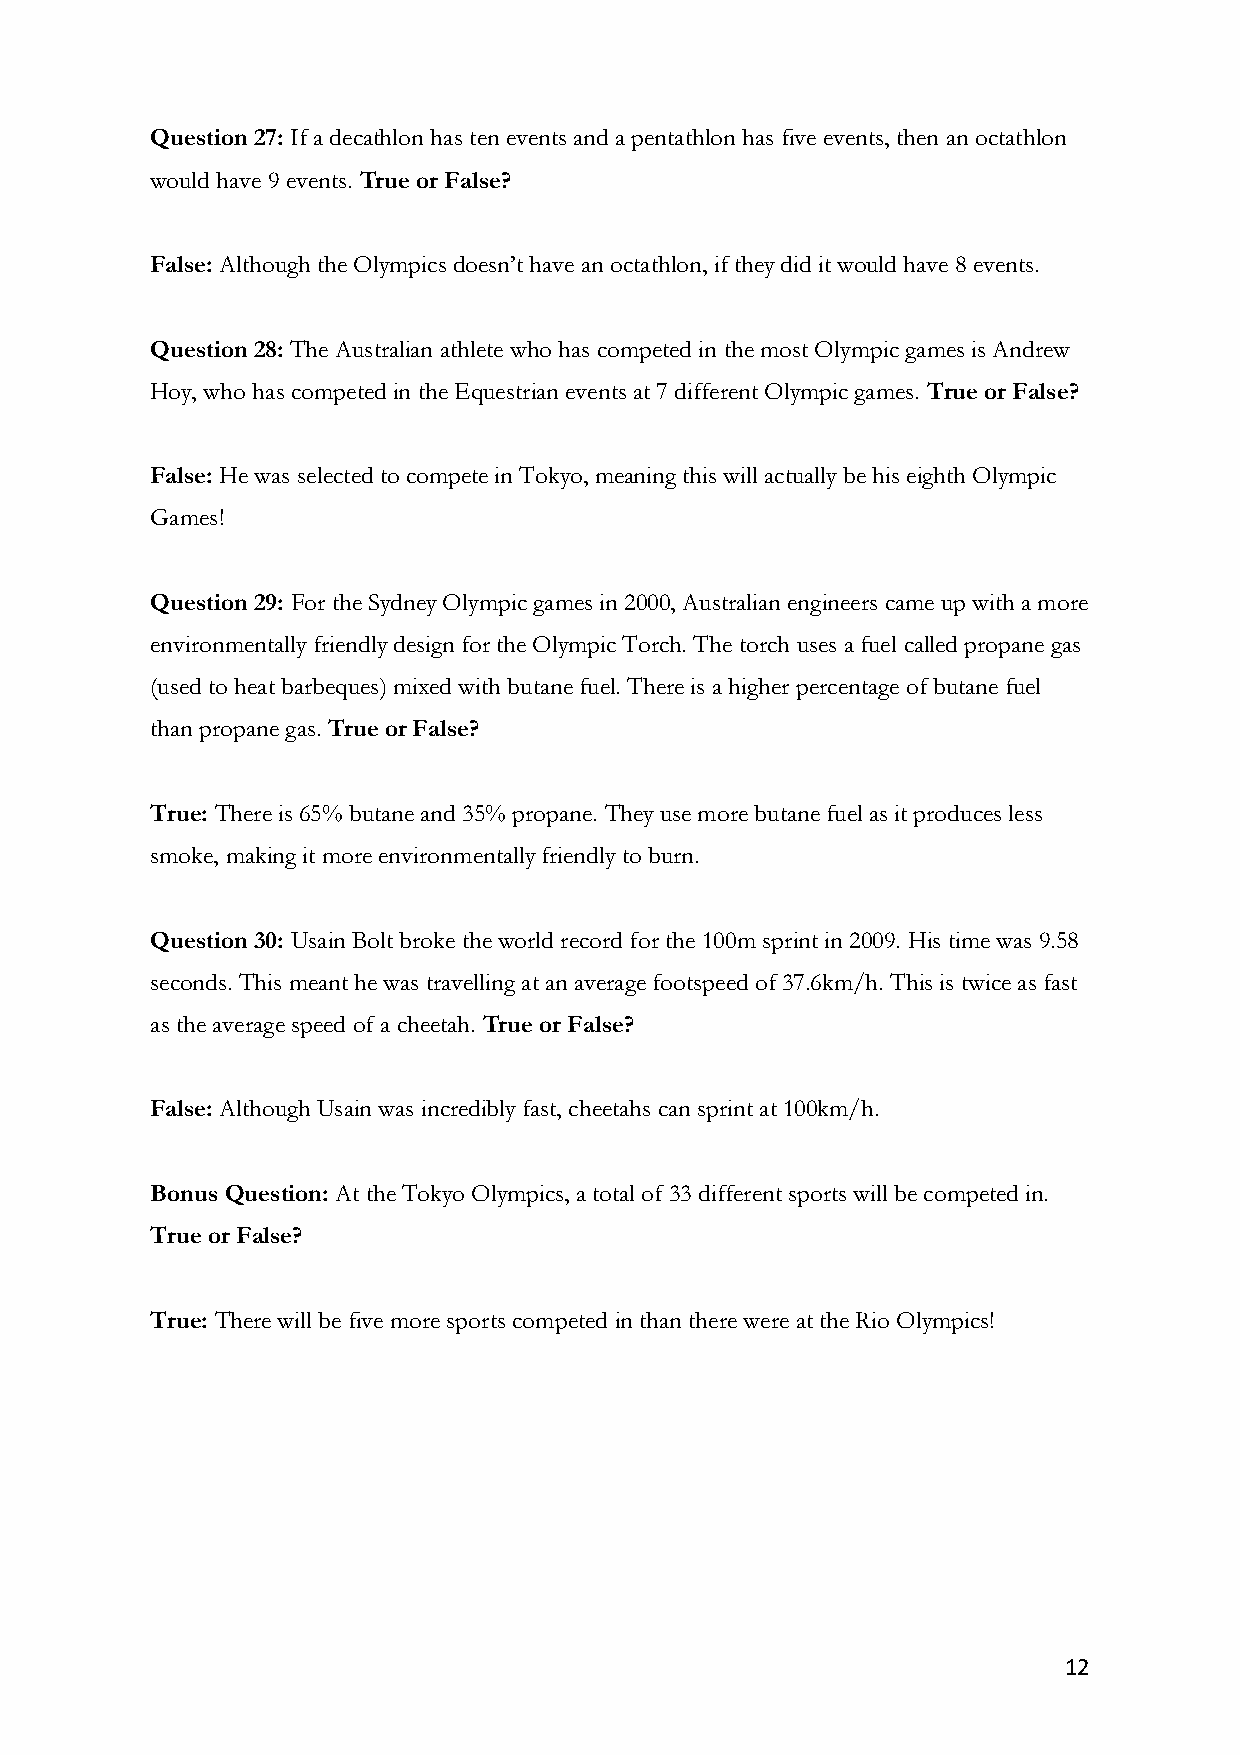
Question 27: If a decathlon has ten events and a pentathlon has five events, then an octathlon
 would have 9 events. True or False?
 False: Although the Olympics doesn’t have an octathlon, if they did it would have 8 events.
 Question 28: The Australian athlete who has competed in the most Olympic games is Andrew
 Hoy, who has competed in the Equestrian events at 7 different Olympic games. True or False?
 False: He was selected to compete in Tokyo, meaning this will actually be his eighth Olympic
 Games!
 Question 29: For the Sydney Olympic games in 2000, Australian engineers came up with a more
 environmentally friendly design for the Olympic Torch. The torch uses a fuel called propane gas
 (used to heat barbeques) mixed with butane fuel. There is a higher percentage of butane fuel
 than propane gas. True or False?
 True: There is 65% butane and 35% propane. They use more butane fuel as it produces less
 smoke, making it more environmentally friendly to burn.
 Question 30: Usain Bolt broke the world record for the 100m sprint in 2009. His time was 9.58
 seconds. This meant he was travelling at an average footspeed of 37.6km/h. This is twice as fast
 as the average speed of a cheetah. True or False?
 False: Although Usain was incredibly fast, cheetahs can sprint at 100km/h.
 Bonus Question: At the Tokyo Olympics, a total of 33 different sports will be competed in.
 True or False?
 True: There will be five more sports competed in than there were at the Rio Olympics!
 12